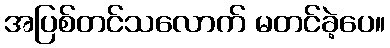
အပြစ်တင်သလောက် မတင်ခဲ့ပေ။